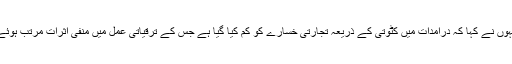
انہوں نے کہا کہ درآمدات میں کٹوتی کے ذریعہ تجارتی خسارے کو کم کیا گیا ہے جس کے ترقیاتی عمل میں منفی اثرات مرتب ہوئے۔